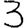
Digit: 3